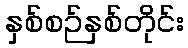
နှစ်စဉ်နှစ်တိုင်း